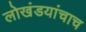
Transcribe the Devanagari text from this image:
लोखंडयांचाच